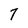
Character: 7